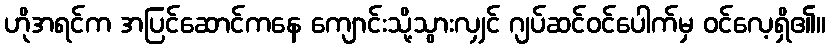
ဟိုအရင်က အပြင်ဆောင်ကနေ ကျောင်းသို့သွားလျှင် ဂျပ်ဆင်ဝင်ပေါက်မှ ဝင်လေ့ရှိ၏။